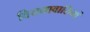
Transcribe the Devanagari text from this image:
वियनावासियों